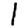
Digit: 1